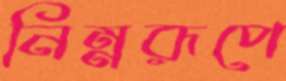
নিম্নরূপে